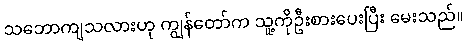
သဘောကျသလားဟု ကျွန်တော်က သူ့ကိုဦးစားပေးပြီး မေးသည်။